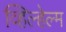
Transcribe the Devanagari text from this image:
व्हिल्हेल्म